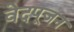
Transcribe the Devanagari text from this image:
वेदपूजन